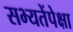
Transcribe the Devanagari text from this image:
सभ्यतेंपेक्षा